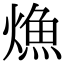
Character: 龽